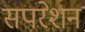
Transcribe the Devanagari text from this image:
सपरेशन